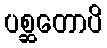
ပစ္ဆတောပိ